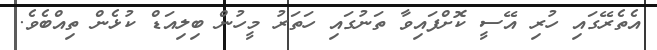
އެތެރޭގައި ހުރި އޭސީ ކޮށްފައިވާ ތަނުގައި ހަތަރު މީހުން ބިލިއަޑް ކުޅެން ތިއްބެވެ.